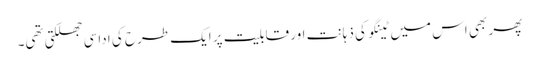
پھر بھی اس میں ٹینگو کی ذہانت اور قابلیت پر ایک طرح کی اداسی جھلکتی تھی۔